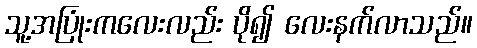
သူ့အပြုံးကလေးလည်း ပို၍ လေးနက်လာသည်။